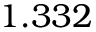
1 . 3 3 2